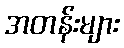
အတန်းများ